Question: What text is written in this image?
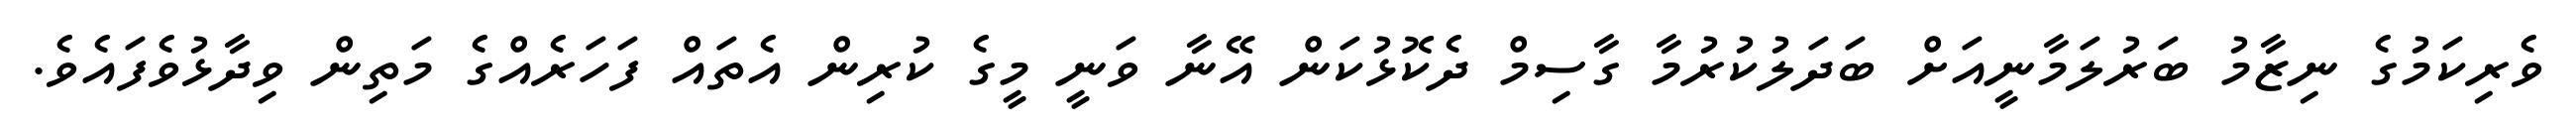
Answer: ވެރިކަމުގެ ނިޒާމު ބަރުލަމާނީއަށް ބަދަލުކުރުމާ ގާސިމް ދެކޮޅުކަން އޭނާ ވަނީ މީގެ ކުރިން އެތައް ފަހަރެއްގެ މަތިން ވިދާޅުވެފައެވެ.